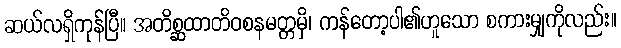
ဆယ်လရှိကုန်ပြီ။ အတိစ္ဆထာတိဝစနမတ္တမှိ၊ ကန်တော့ပါ၏ဟူသော စကားမျှကိုလည်း။